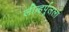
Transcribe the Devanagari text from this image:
लीव्हर्पूलला